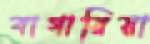
বাগারিয়া